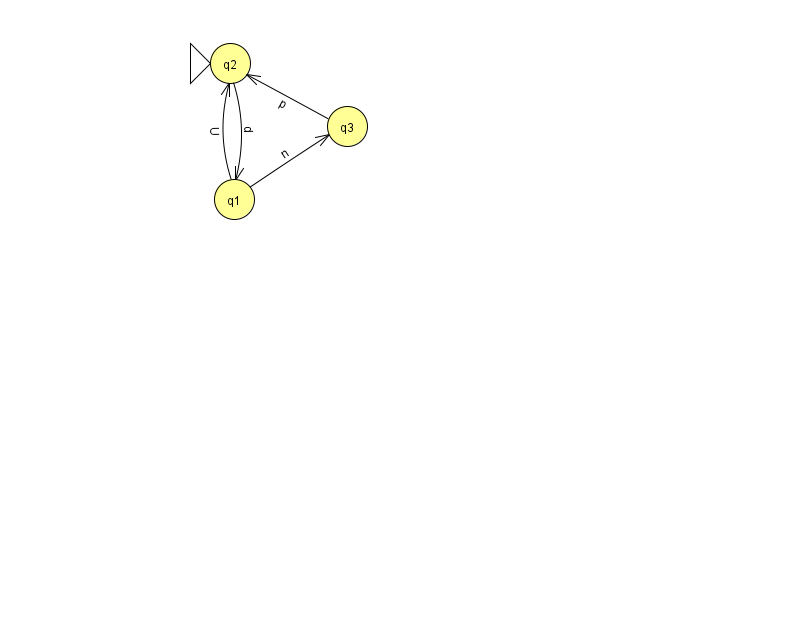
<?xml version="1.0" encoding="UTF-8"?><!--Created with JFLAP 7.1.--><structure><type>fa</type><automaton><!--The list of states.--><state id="1" name="q1"><x>234.0</x><y>186.0</y></state><state id="2" name="q2"><x>230.0</x><y>50.0</y><initial/></state><state id="3" name="q3"><x>347.0</x><y>113.0</y></state><!--The list of transitions.--><transition><from>2</from><to>1</to><read>d</read></transition><transition><from>1</from><to>2</to><read>U</read></transition><transition><from>1</from><to>3</to><read>n</read></transition><transition><from>3</from><to>2</to><read>p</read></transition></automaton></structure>